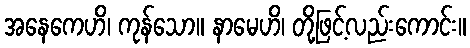
အနေကေဟိ၊ ကုန်သော။ နာမေဟိ၊ တို့ဖြင့်လည်းကောင်း။